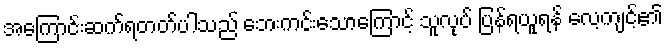
အကြောင်းဆက်ရတတ်ပါသည် ဘေးကင်းသောကြောင့် သူလုပ် ပြန်ရယူရန် လေ့ကျင့်၏